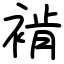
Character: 褃